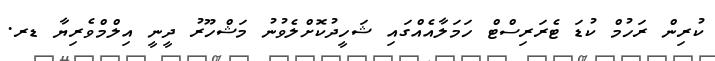
ކުރިން ރަހުމް ކުޑަ ޓެރަރިސްޓް ހަމަލާއެއްގައި ޝަހީދުކޮށްލެވުނު މަޝްހޫރު ދީނީ އިލްމްވެރިޔާ ޑރ.